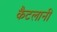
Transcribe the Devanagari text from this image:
कैटलानी